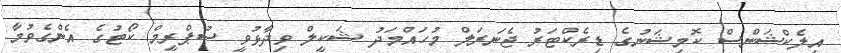
އިލެކްޝަންސް ކޮމިޝަނުގެ ޑިރެކްޓަރު ޖެނަރަލް މުހައްމަދު ޝަކީލް ވިދާޅުވީ ސުޕްރީމް ކޯޓުގެ އެންގެވުމާ